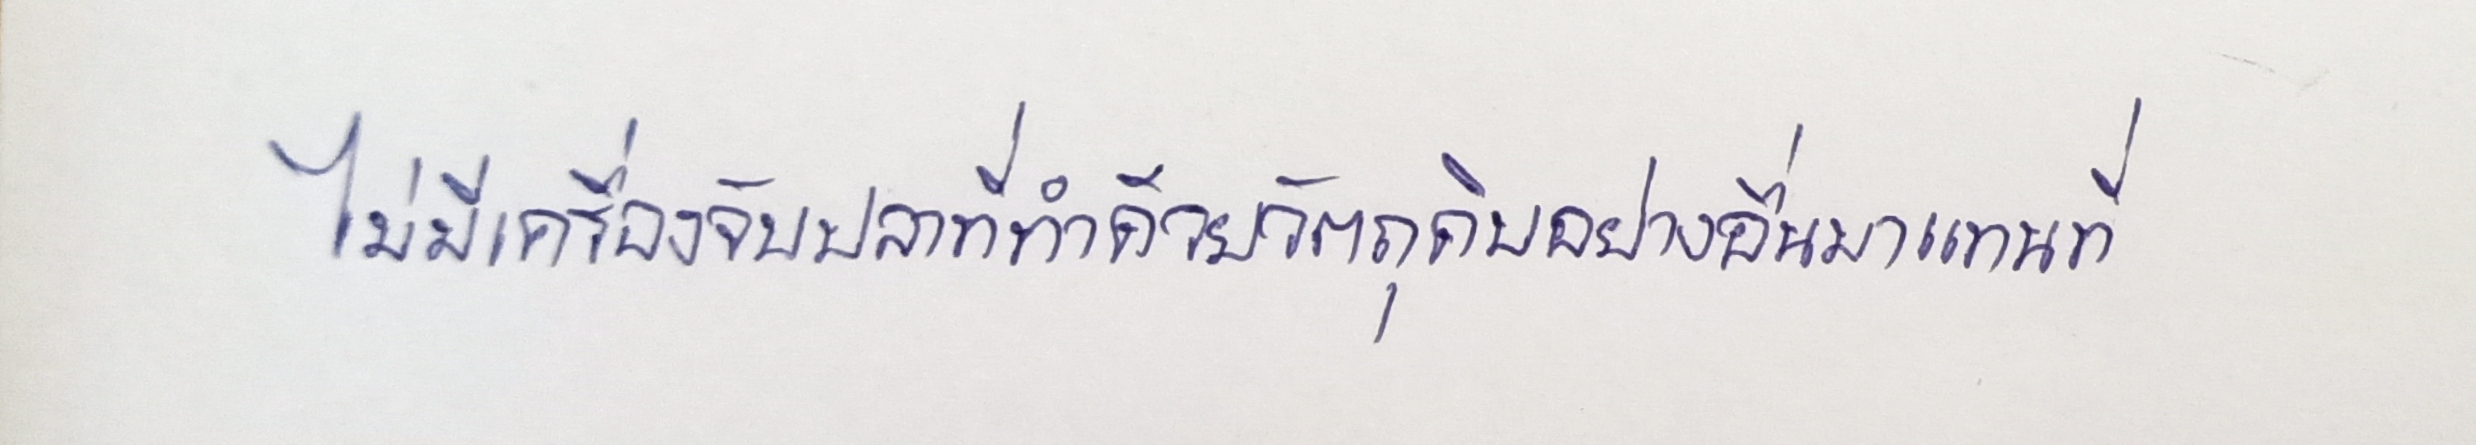
ไม่มีเครื่องจับปลาที่ทำด้วยวัตถุดิบอย่างอื่นมาแทนที่